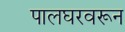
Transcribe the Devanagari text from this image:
पालघरवरून